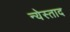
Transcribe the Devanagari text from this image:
न्येस्ताद